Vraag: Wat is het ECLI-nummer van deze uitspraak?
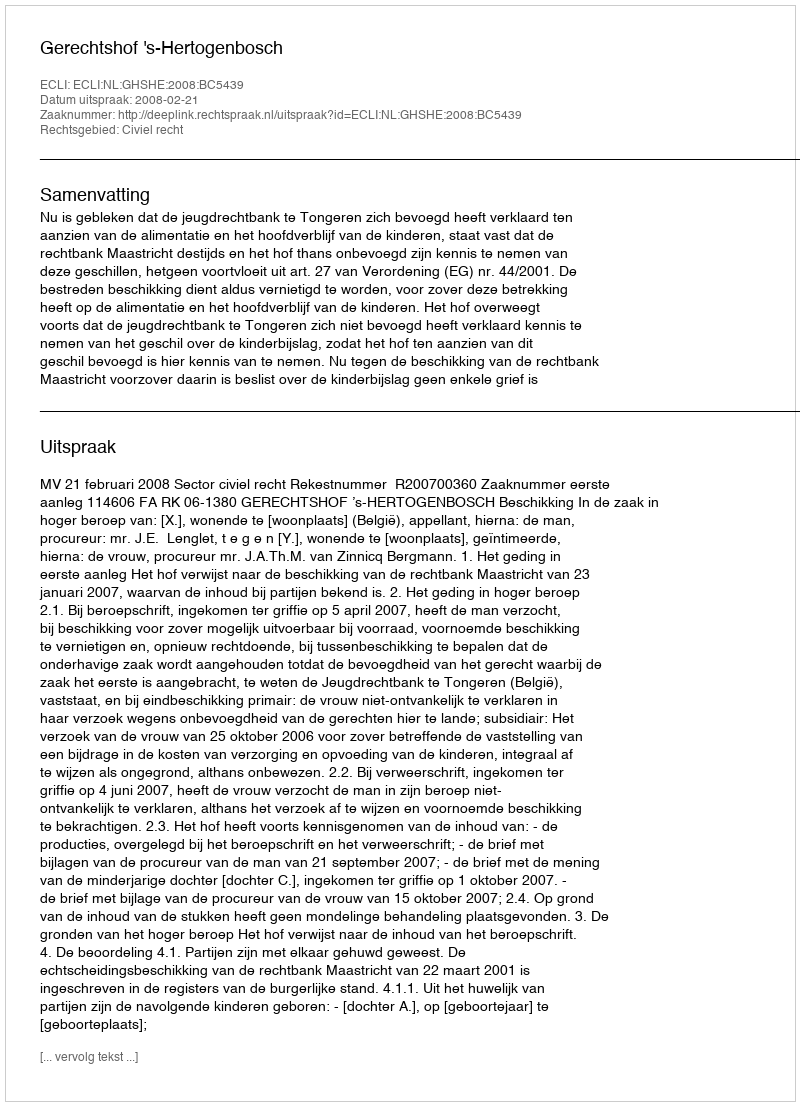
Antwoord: ECLI:NL:GHSHE:2008:BC5439